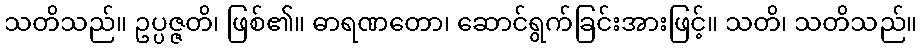
သတိသည်။ ဥပ္ပဇ္ဇတိ၊ ဖြစ်၏။ ဓာရဏတော၊ ဆောင်ရွက်ခြင်းအားဖြင့်။ သတိ၊ သတိသည်။